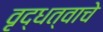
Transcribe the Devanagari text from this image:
वृद्धत्वाचे